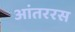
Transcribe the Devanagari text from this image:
आंतररस